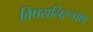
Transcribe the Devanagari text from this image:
विषयनिरूपण